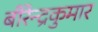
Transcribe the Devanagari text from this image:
बीरेन्द्रकुमार